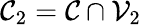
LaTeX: \mathcal{C}_{2}=\mathcal{C}\cap\mathcal{V}_{2}